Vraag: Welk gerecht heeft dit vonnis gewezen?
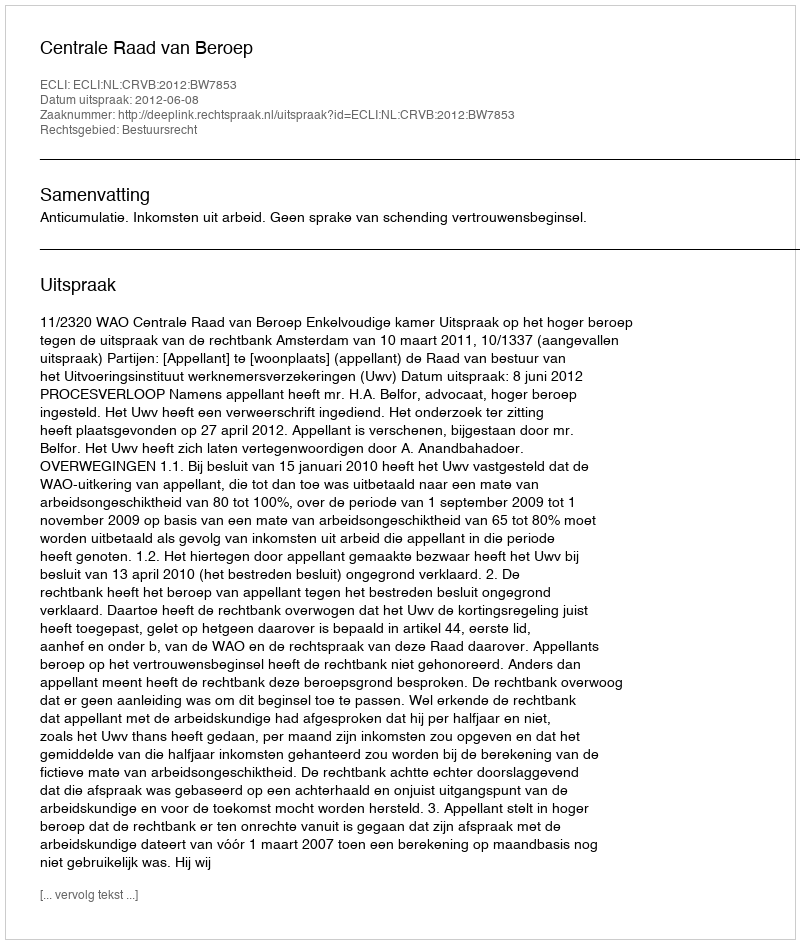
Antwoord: Centrale Raad van Beroep